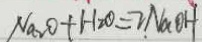
N a _ { 2 } O + H _ { 2 } O = 2 N a O H